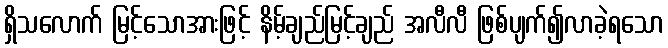
ရှိသလောက် မြင့်သောအားဖြင့် နိမ့်ချည်မြင့်ချည် အလီလီ ဖြစ်ပျက်၍လာခဲ့ရသော